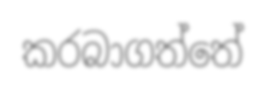
කරබාගත්තේ